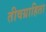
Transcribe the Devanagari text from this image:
तीवग्राहिता